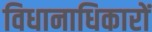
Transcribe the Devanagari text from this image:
विधानाधिकारों